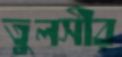
তুলসীর